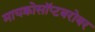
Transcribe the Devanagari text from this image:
मायक्रोसॉप्टबरोबर